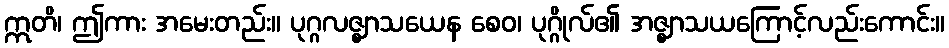
ဣတိ၊ ဤကား အမေးတည်း။ ပုဂ္ဂလဇ္ဈာသယေန စေဝ၊ ပုဂ္ဂိုလ်၏ အဇ္ဈာသယကြောင့်လည်းကောင်း။